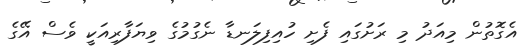
އެގޮތުން މިއަދު މި ރަށުގައި ފެށި ހުއިފިލަނޑާ ނެގުމުގެ ވިޔަފާރިއަކީ ވެސް އޭގެ